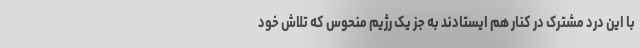
با این درد مشترک در کنار هم ایستادند به جز یک رژیم منحوس که تلاش خود